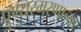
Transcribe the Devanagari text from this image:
पुण्यस्मरणाच्या